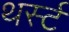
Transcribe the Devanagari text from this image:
थर्स्ट